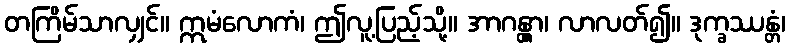
တကြိမ်သာလျှင်။ ဣမံလောကံ၊ ဤလူ့ပြည့်သို့။ အာဂန္တွာ၊ လာလတ်၍။ ဒုက္ခဿန္တံ၊